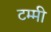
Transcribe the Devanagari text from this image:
टम्मी